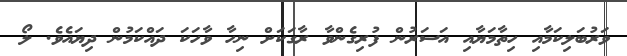
ވަރުބަލިކަމާއި ހިތާމަޔާއި އަސަރުން ފުރިގެންވާ ރާގަކަށް ނިހާ ވާހަކަ ދައްކަމުން ދިޔައެވެ. ލޯ